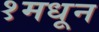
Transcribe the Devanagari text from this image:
१मधून